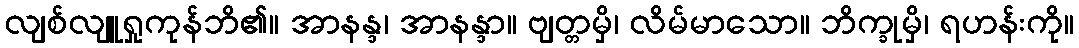
လျစ်လျူရှုကုန်ဘိ၏။ အာနန္ဒ၊ အာနန္ဒာ။ ဗျတ္တမှိ၊ လိမ်မာသော။ ဘိက္ခုမှိ၊ ရဟန်းကို။